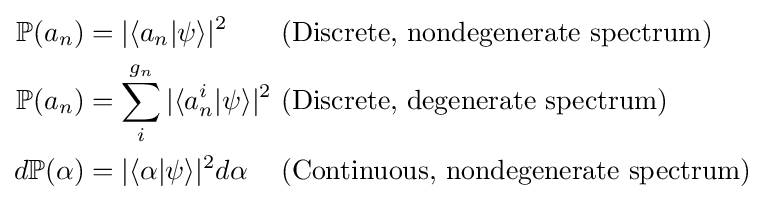
{\begin{alignedat}{3}\mathbb {P} (a_{n})&=|\langle a_{n}|\psi \rangle |^{2}&&\,\,{\text{(Discrete, nondegenerate spectrum)}}\\\mathbb {P} (a_{n})&=\sum _{i}^{g_{n}}|\langle a_{n}^{i}|\psi \rangle |^{2}&&\,\,{\text{(Discrete, degenerate spectrum)}}\\d\mathbb {P} (\alpha )&=|\langle \alpha |\psi \rangle |^{2}d\alpha &&\,\,{\text{(Continuous, nondegenerate spectrum)}}\end{alignedat}}